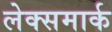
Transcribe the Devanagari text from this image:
लेक्समार्क